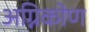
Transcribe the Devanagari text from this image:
अग्निकोण